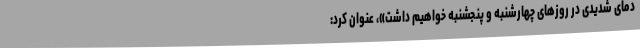
دمای شدیدی در روزهای چهارشنبه و پنجشنبه خواهیم داشت»، عنوان کرد: